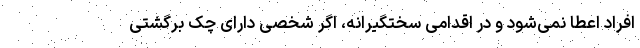
افراد اعطا نمی‌شود و در اقدامی سختگیرانه، اگر شخصی دارای چک برگشتی